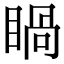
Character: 𥈓